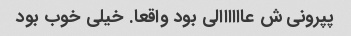
پپرونی ش عاااااالی بود واقعا. خیلی خوب بود